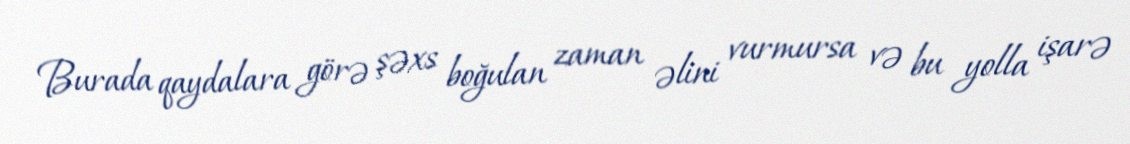
Burada qaydalara görə şəxs boğulan zaman əlini vurmursa və bu yolla işarə